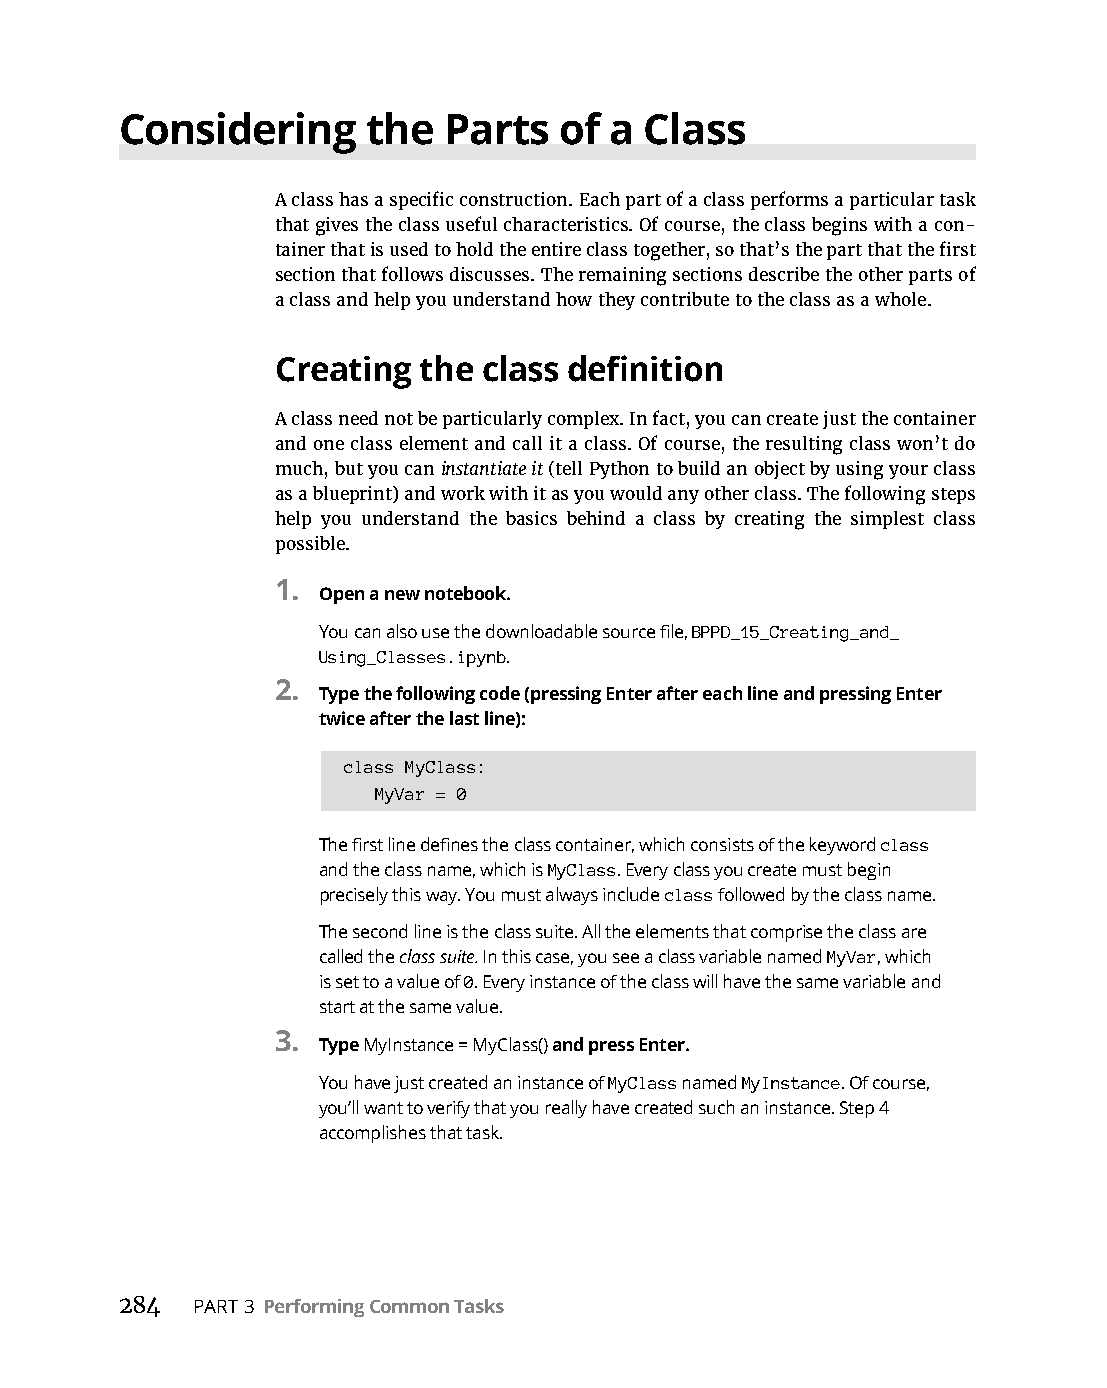
Considering     the  Parts   of a  Class
 A class has a specific construction. Each part of a class performs a particular task
 that gives the class useful characteristics. Of course, the class begins with a con-
 tainer that is used to hold the entire class together, so that’s the part that the first
 section that follows discusses. The remaining sections describe the other parts of
 a class and help you understand how they contribute to the class as a whole.
 Creating  the class definition
 A class need not be particularly complex. In fact, you can create just the container
 and one class element and call it a class. Of course, the resulting class won’t do
 much, but you can instantiate it (tell Python to build an object by using your class
 as a blueprint) and work with it as you would any other class. The following steps
 help you understand the basics behind a class by creating the simplest class
 possible.
 1.
 Open a new notebook.
 You can also use the downloadable source file, BPPD_15_Creating_and_
 Using_Classes.ipynb.
 2.
 Type the following code (pressing Enter after each line and pressing Enter
 twice after the last line):
 class MyClass:
 MyVar = 0
 The first line defines the class container, which consists of the keyword class
 and the class name, which is MyClass. Every class you create must begin
 precisely this way. You must always include class followed by the class name.
 The second line is the class suite. All the elements that comprise the class are
 called the class suite. In this case, you see a class variable named MyVar, which
 is set to a value of 0. Every instance of the class will have the same variable and
 start at the same value.
 3.
 Type MyInstance = MyClass() and press Enter.
 You have just created an instance of MyClass named MyInstance. Of course,
 you’ll want to verify that you really have created such an instance. Step 4
 accomplishes that task.
 284  PART 3 Performing Common Tasks